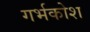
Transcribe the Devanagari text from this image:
गर्भकोश